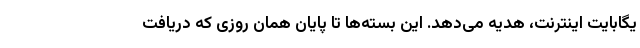
یگابایت اینترنت، هدیه می‌دهد. این بسته‌ها تا پایان همان روزی که دریافت